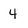
Character: 4